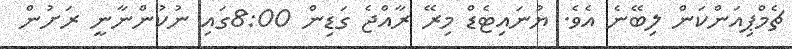
ޗެމްޕިއަންކަން ލިބޭނެ އެވެ. ޔުނައިޓެޑް މިރޭ ރާއްޖެ ގަޑިން 8:00ގައި ނުކުންނާނީ ރަށުން